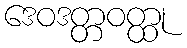
ဒေဝဒတ္တဝတ္ထု